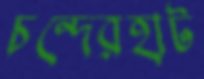
চন্দেরহাট